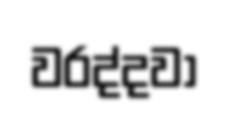
වරද්දවා